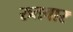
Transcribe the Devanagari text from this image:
रुतवार